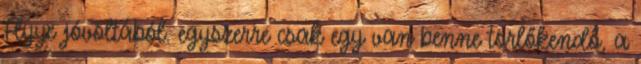
Flyye jóvoltából. egyszerre csak egy van benne törlőkendő, a